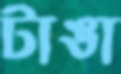
টাঙা